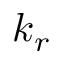
k _ { r }